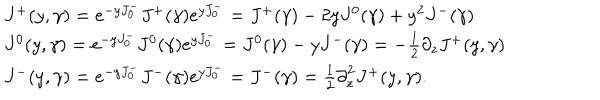
\begin{array} { l c r } { { J ^ { + } ( y , \gamma ) = e ^ { - y J _ { 0 } ^ { - } } J ^ { + } ( \gamma ) e ^ { y J _ { 0 } ^ { - } } = J ^ { + } ( \gamma ) - 2 y J ^ { 0 } ( \gamma ) + y ^ { 2 } J ^ { - } ( \gamma ) } } \\ { { J ^ { 0 } ( y , \gamma ) = e ^ { - y J _ { 0 } ^ { - } } J ^ { 0 } ( \gamma ) e ^ { y J _ { 0 } ^ { - } } = J ^ { 0 } ( \gamma ) - y J ^ { - } ( \gamma ) = { - { \frac { 1 } { 2 } } } { \partial _ { z } } J ^ { + } ( y , \gamma ) } } \\ { { J ^ { - } ( y , \gamma ) = e ^ { - y J _ { 0 } ^ { - } } J ^ { - } ( \gamma ) e ^ { y J _ { 0 } ^ { - } } = J ^ { - } ( \gamma ) = { \frac { 1 } { 2 } } { { \partial } _ { z } ^ { 2 } } J ^ { + } ( y , \gamma ) . } } \\ \end{array}